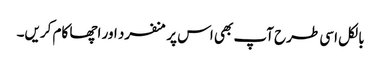
بالکل اسی طرح آپ بھی اس پر منفرد اور اچھا کام کریں۔